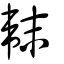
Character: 𩎟